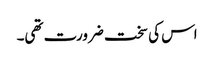
اس کی سخت ضرورت تھی۔